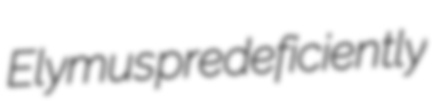
Elymus predeficiently